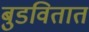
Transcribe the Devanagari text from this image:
बुडवितात